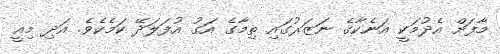
މާފަށް އެދުމަކީ އަނެކާގެ ނަޒަރުގައި ތިމާގެ އަގު އުފަލަދޭ ކަމެކެވެ. އަދި މިއީ